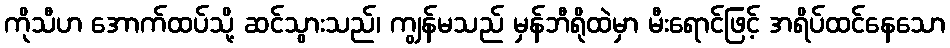
ကိုသီဟ အောက်ထပ်သို့ ဆင်သွားသည်၊ ကျွန်မသည် မှန်ဘီရိုထဲမှာ မီးရောင်ဖြင့် အရိပ်ထင်နေသော